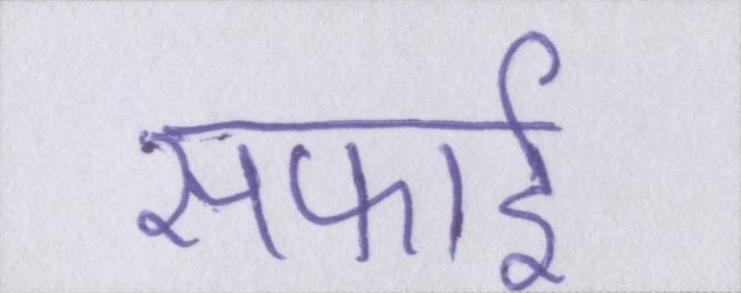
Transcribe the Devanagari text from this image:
सफाई